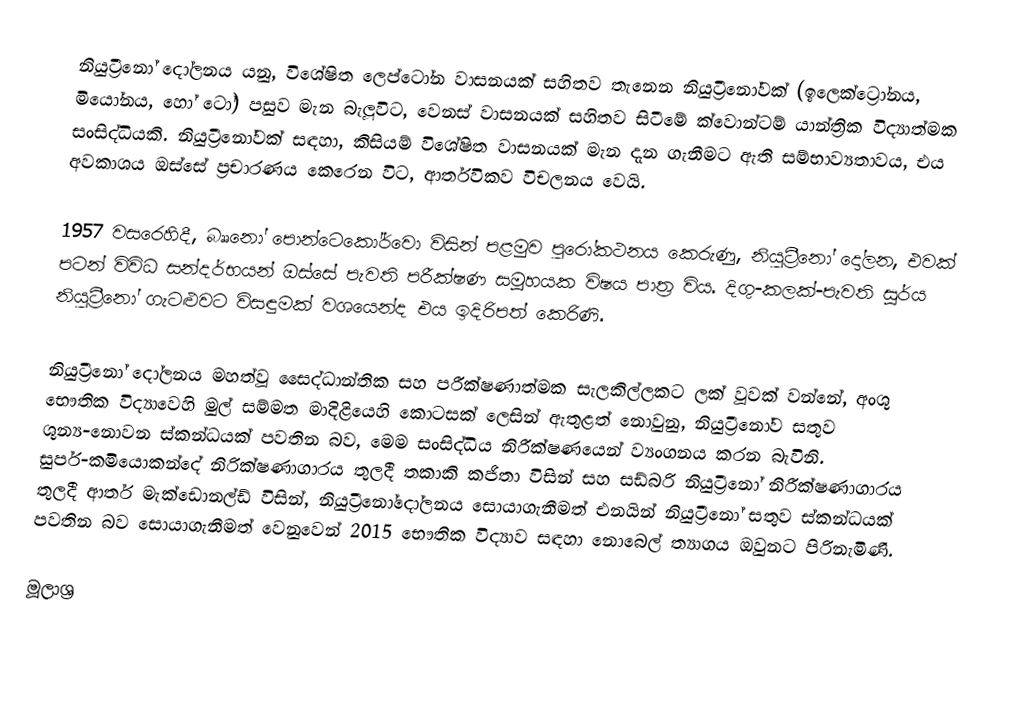
නියුට්‍රීනෝ දෝලනය යනු,  විශේෂිත ලෙප්ටෝන වාසනයක් සහිතව තැනෙන  නියුට්‍රීනෝවක් (ඉලෙක්ට්‍රෝනය, මියෝනය, හෝ ටෝ) පසුව  මැන බැලූවිට, වෙනස් වාසනයක් සහිතව සිටීමේ ක්වොන්ටම් යාන්ත්‍රික විද්‍යාත්මක සංසිද්ධියකි. නියුට්‍රීනෝවක් සඳහා, කිසියම් විශේෂිත වාසනයක් මැන දැන ගැනීමට ඇති සම්භාව්‍යතාවය,  එය අවකාශය ඔස්සේ ප්‍රචාරණය කෙරෙන විට, ආර්තවිකව විචලනය වෙයි.

1957 වසරෙහිදී, බෲනෝ පොන්ටෙකෝර්වො විසින් පළමුව පුරෝකථනය කෙරුණු, නියුට්‍රීනෝ  දෝලන, එවක් පටන් විවිධ සන්දර්භයන් ඔස්සේ පැවති පරීක්ෂණ සමූහයක විෂය පාත්‍ර විය. දිගු-කලක්-පැවති   සූර්ය නියුට්‍රීනෝ ගැටළුවට විසඳුමක් වශයෙන්ද එය ඉදිරිපත් කෙරිණි.

නියුට්‍රීනෝ දෝලනය  මහත්වූ  සෛද්ධාන්තික සහ පරීක්ෂණාත්මක සැලකිල්ලකට ලක් වූවක් වන්නේ,  අංශු භෞතික විද්‍යාවෙහි මුල් සම්මත මාදිළියෙහි කොටසක් ලෙසින් ඇතුළත් නොවුනු, නියුට්‍රීනෝව සතුව ශුන්‍ය-නොවන  ස්කන්ධයක් පවතින බව,  මෙම සංසිද්ධිය නිරීක්ෂණයෙන් ව්‍යංගනය කරන බැවිනි. සුපර්-කමියොකන්දේ නිරික්ෂණාගාරය තුලදී  තකාකි කජිතා විසින් සහ සඩ්බරි නියුට්‍රීනෝ නිරීක්ෂණාගාරය තුලදී  ආතර් මැක්ඩොනල්ඩ් විසින්,  නියුට්‍රීනෝදෝලනය සොයාගැනීමත් එනයින් නියුට්‍රීනෝ සතුව ස්කන්ධයක් පවතින බව සොයාගැනීමත් වෙනුවෙන්  2015 භෞතික විද්‍යාව සඳහා නොබෙල් ත්‍යාගය ඔවුනට පිරිනැමිණි.

මූලාශ්‍ර